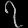
Digit: ၇